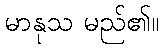
မာနုသ မည်၏။